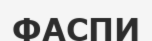
ФАСПИ